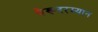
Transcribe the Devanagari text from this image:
पेरूदरम्यान